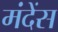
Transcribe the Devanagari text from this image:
मंदेंस